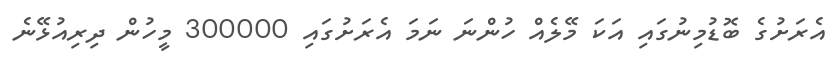
އެރަށުގެ ބޮޑުމިނުގައި އަކަ މޭލެއް ހުންނަ ނަމަ އެރަށުގައި 300000 މީހުން ދިރިއުޅޭނެ